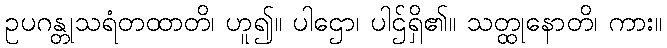
ဥပဂန္တုသရံတထာတိ၊ ဟူ၍။ ပါဌော၊ ပါဌ်ရှိ၏။ သတ္ထုနောတိ၊ ကား။